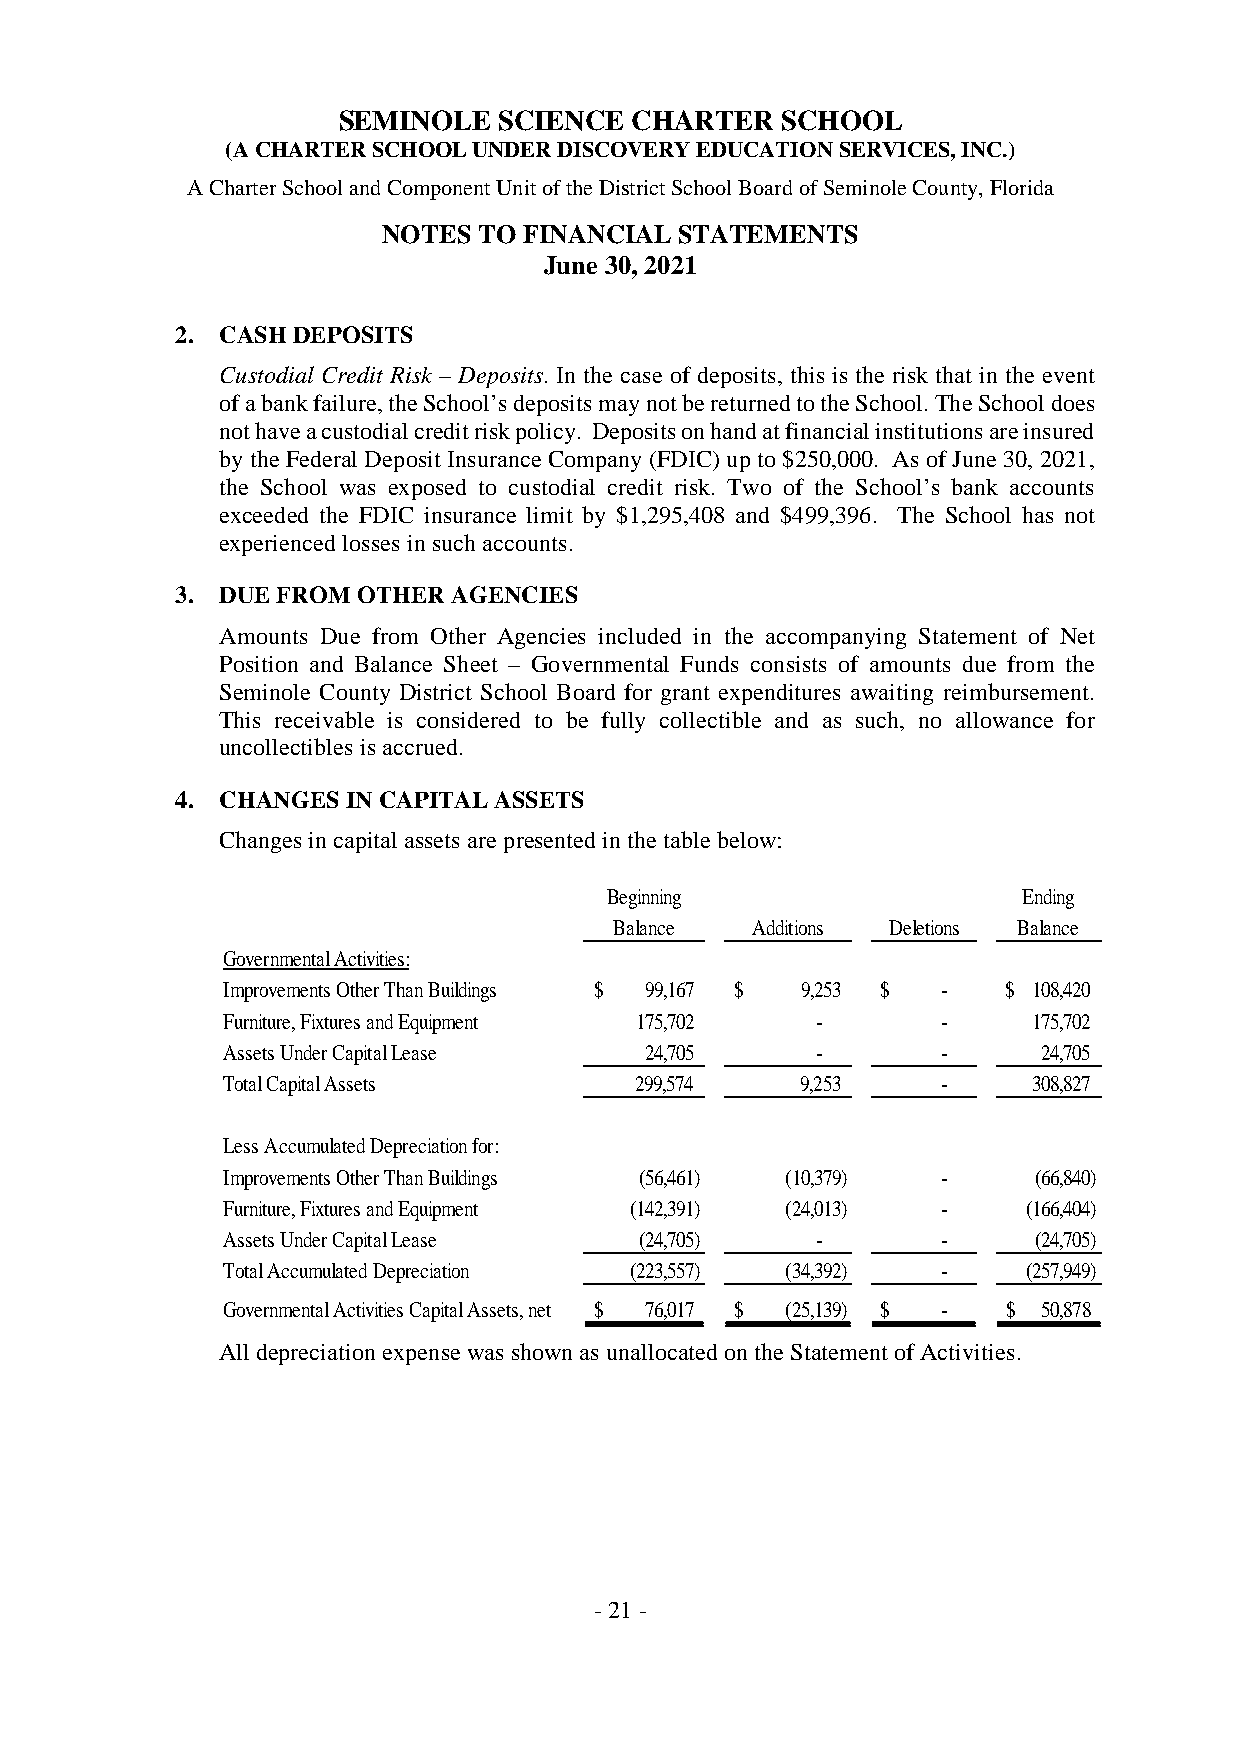
SEMINOLE   SCIENCE  CHARTER   SCHOOL
 (ACHARTERSCHOOLUNDERDISCOVERYEDUCATIONSERVICES,INC.)
 ACharterSchoolandComponentUnitoftheDistrictSchoolBoardofSeminoleCounty,Florida
 NOTES  TO FINANCIAL STATEMENTS
 June 30, 2021
 2. CASHDEPOSITS
 Custodial Credit Risk – Deposits. In the case of deposits, this is the risk that in the event
 ofabankfailure,theSchool’sdepositsmaynotbereturnedtotheSchool.TheSchooldoes
 nothaveacustodialcreditriskpolicy. Depositsonhandatfinancialinstitutionsareinsured
 by theFederal Deposit InsuranceCompany (FDIC)up to $250,000. As of June30, 2021,
 the School was exposed to custodial credit risk. Two of the School’s bank accounts
 exceeded the FDIC insurance limit by $1,295,408 and $499,396. The School has not
 experiencedlossesinsuchaccounts.
 3. DUE FROMOTHERAGENCIES
 Amounts Due from Other Agencies included in the accompanying Statement of Net
 Position and Balance Sheet – Governmental Funds consists of amounts due from the
 Seminole County District School Board for grant expenditures awaiting reimbursement.
 This receivable is considered to be fully collectible and as such, no allowance for
 uncollectibles isaccrued.
 4. CHANGESINCAPITAL  ASSETS
 Changesincapitalassets arepresentedinthetablebelow:
 Beginning                   Ending
 Balance  Additions Deletions Balance
 GovernmentalActivities:
 ImprovementsOtherThanBuildings $ 99,167 $ 9,253 $ - $ 108,420
 Furniture,FixturesandEquipment 175,702 -       -     175,702
 AssetsUnderCapitalLease     24,705     -       -      24,705
 TotalCapitalAssets         299,574    9,253    -     308,827
 LessAccumulatedDepreciationfor:
 ImprovementsOtherThanBuildings (56,461) (10,379) -   (66,840)
 Furniture,FixturesandEquipment (142,391) (24,013) -  (166,404)
 AssetsUnderCapitalLease    (24,705)    -       -     (24,705)
 TotalAccumulatedDepreciation (223,557) (34,392) -    (257,949)
 GovernmentalActivitiesCapitalAssets,net $ 76,017 $ (25,139) $ - $ 50,878
 Alldepreciationexpensewasshownas unallocatedontheStatementofActivities.
 -21-